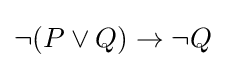
\lnot (P\lor Q)\to \lnot Q